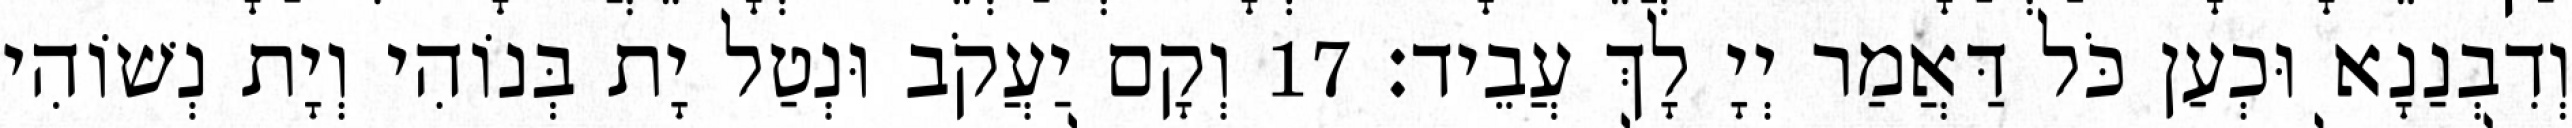
וְדִבְנַנָא וּכְעַן כֹּל דַּאֲמַר יְיָ לָךְ עֲבֵיד׃ 17 וְקָם יַעֲקֹב וּנְטַל יָת בְּנוֹהִי וְיָת נְשׁוֹהִי